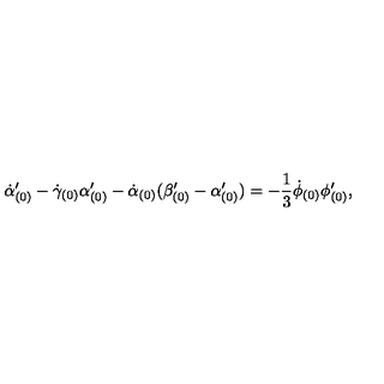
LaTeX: \dot { \alpha } _ { ( 0 ) } ^ { \prime } - \dot { \gamma } _ { ( 0 ) } \alpha _ { ( 0 ) } ^ { \prime } - \dot { \alpha } _ { ( 0 ) } ( \beta _ { ( 0 ) } ^ { \prime } - \alpha _ { ( 0 ) } ^ { \prime } ) = - \frac { 1 } { 3 } \dot { \phi } _ { ( 0 ) } \phi _ { ( 0 ) } ^ { \prime } ,